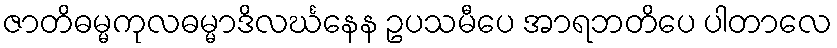
ဇာတိဓမ္မကုလဓမ္မာဒိလင်္ဃနေန ဥပသမီပေ အာရဘတိပေ ပါတာလေ